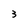
Character: 3